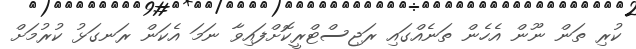
ކުރި ތަން ނޫން އެހެން ތަނެއްގައި ރަޖިސްޓްރީކޮށްފައިވާ ނަމަ އެކަން ރަނގަޅު ކުރުމަށް